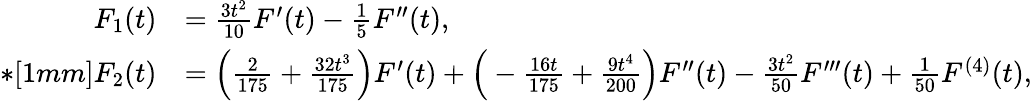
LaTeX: \begin{array}{rl}{F_{1}(t)}&{=\frac{3t^{2}}{10}F^{\prime}(t)-\frac{1}{5}F^{\prime\prime}(t),}\\ {*[1mm]F_{2}(t)}&{=\Big(\frac{2}{175}+\frac{32t^{3}}{175}\Big)F^{\prime}(t)+\Big(-\frac{16t}{175}+\frac{9t^{4}}{200}\Big)F^{\prime\prime}(t)-\frac{3t^{2}}{50}F^{\prime\prime\prime}(t)+\frac{1}{50}F^{(4)}(t),}\end{array}